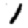
Digit: 1